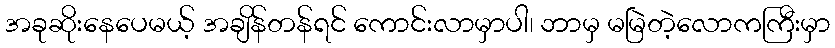
အခုဆိုးနေပေမယ့် အချိန်တန်ရင် ကောင်းလာမှာပါ၊ ဘာမှ မမြဲတဲ့လောကကြီးမှာ